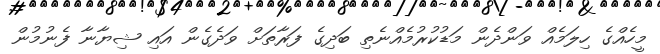
މީހެއްގެ ހިލަމެއް ވަންދެން މަޑުކުރުމެއްނެތި ބަދިގެ ފަރާތަށް ވަދެގެން އައި ޝިޔާނާ ފެނުމުން